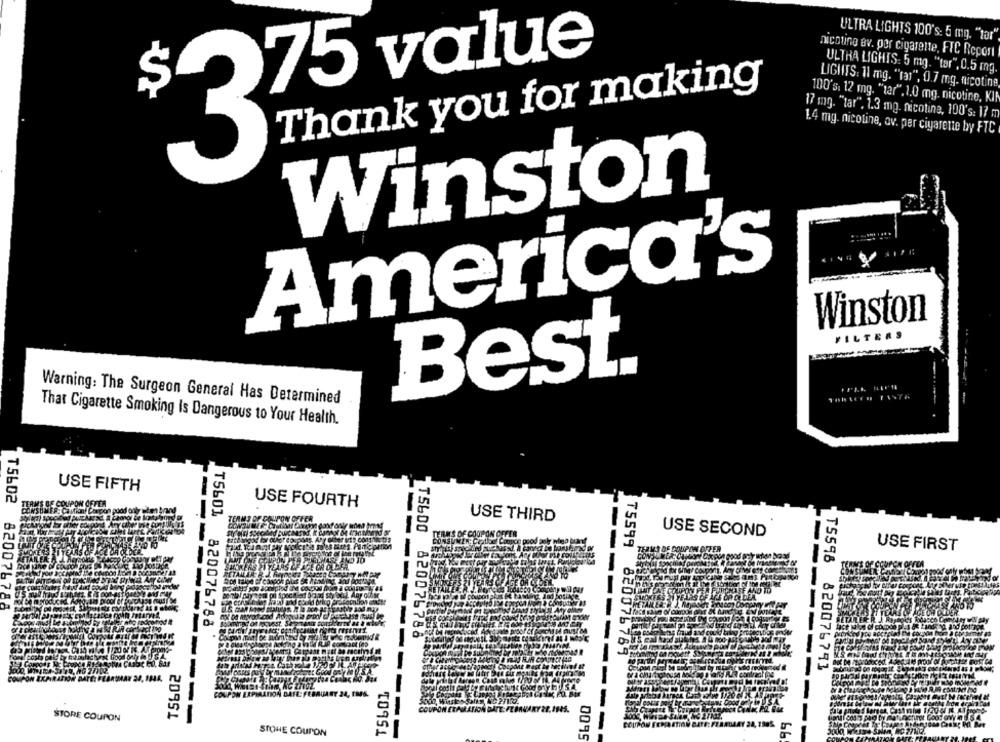
ULTRA LIGHTS 100's: 5 mg. "tar"
nicotine av. por cigarette, FIC Report
75 value
ULTRA LIGHTS: 5 mg. "tar", 0.5 mg.
Thank you for making
LIGHTS: 11 mg. "(3)", 0.7 mg. nicotina
100's: 12 mg. "tar". 1.0 mg. nicotine, KIR
17 mg. "tar". 1.3 mg. nicotine, 100's: 1? m
1.4 mg. nicotine, ov. per cigarette by FTC
Winston
America's
Winston
FILTERS
Best.
Warning: The Surgeon General Has Determined
That Cigarette Smoking Is Dangerous to Your Health.
USE FIFTH
USE FOURTH
TEAM
USE THIRD
-
USE SECOND
EPOUPON OFFER
USE FIRST
-
-----
T5602 820076788
TS600 820076788
T5601 820076788
-----
75599 820076789
T5598 820076793
-------
BAUART 24, 1M6.
--
STORE COUPON
20951
STONE COUPON
TO951
0095